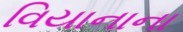
વિયાનાના